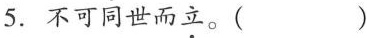
5.不可同世而\underset{·}{立}。()